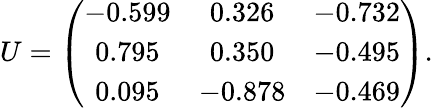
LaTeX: U=\left(\begin{array}{ccc}{{-0.599}}&{{0.326}}&{{-0.732}}\\ {{0.795}}&{{0.350}}&{{-0.495}}\\ {{0.095}}&{{-0.878}}&{{-0.469}}\end{array}\right).